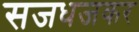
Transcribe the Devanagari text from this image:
सजधजकर